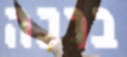
ברכה